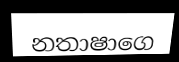
නතාෂාගෙ